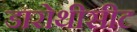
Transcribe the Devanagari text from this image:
डारोथीसीट